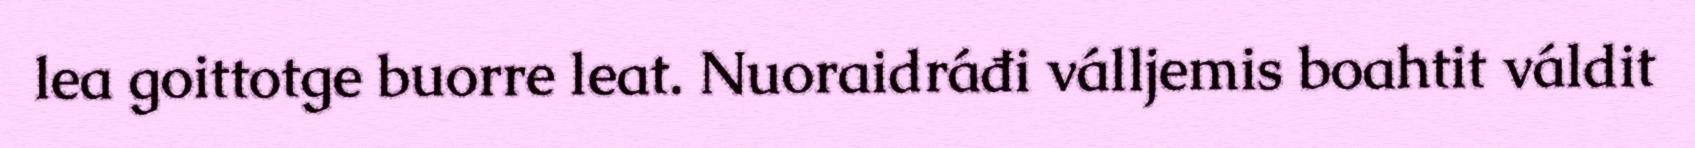
lea goittotge buorre leat. Nuoraidráđi válljemis boahtit váldit